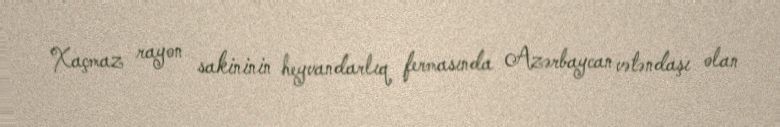
Xaçmaz rayon sakininin heyvandarlıq fermasında Azərbaycan vətəndaşı olan